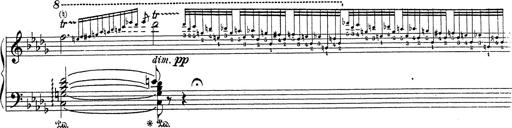
Title: Grosses Konzertsolo
Composer: Franz Liszt